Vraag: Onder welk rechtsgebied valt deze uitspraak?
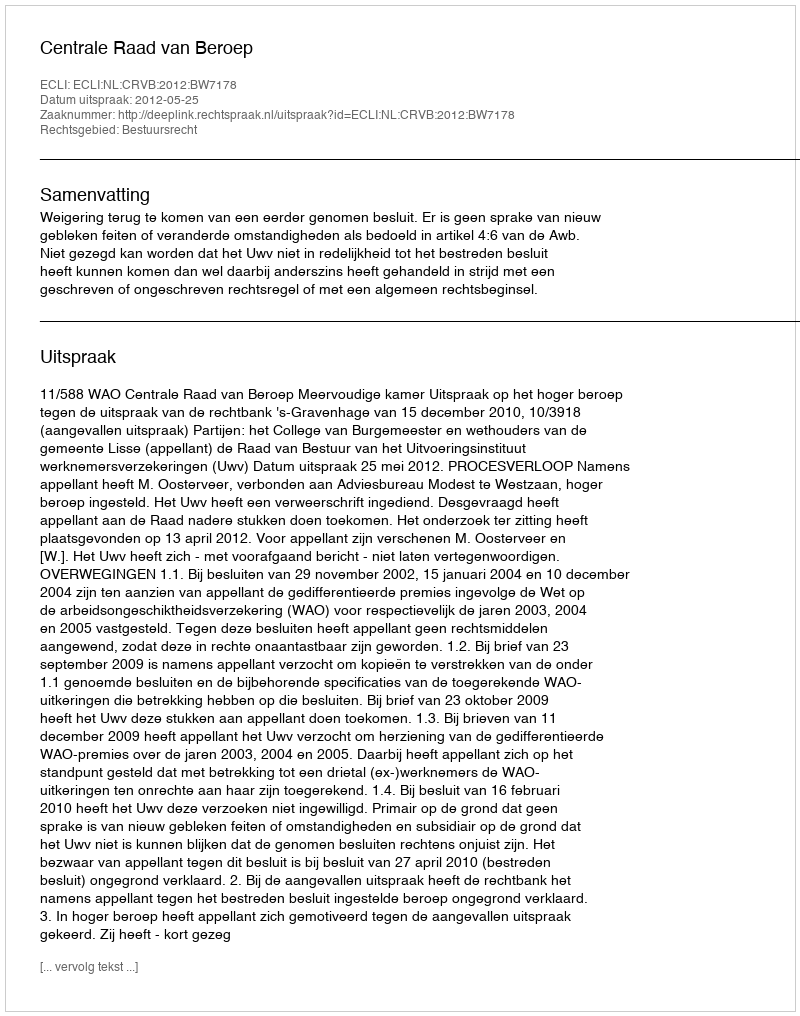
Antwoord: Bestuursrecht